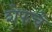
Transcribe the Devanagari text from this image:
शेफचे